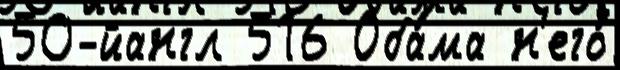
50-йангл 516 Оба́ма н'его́